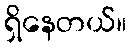
ရှိနေတယ်။